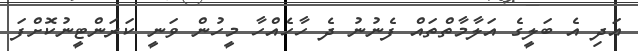
އަދި އެ ބަލީގެ އަލާމާތްތައް ފެނުނު ދެ ހާހެއްހާ މީހުން ވަނީ ކަރަންޓީނުކޮށްފަ